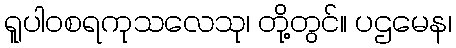
ရူပါဝစရကုသလေသု၊ တို့တွင်။ ပဌမေန၊